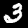
Digit: 3